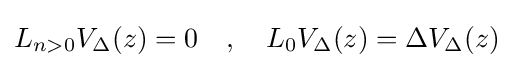
L_{n>0}V_{\Delta }(z)=0\quad ,\quad L_{0}V_{\Delta }(z)=\Delta V_{\Delta }(z)\